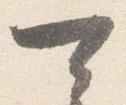
可